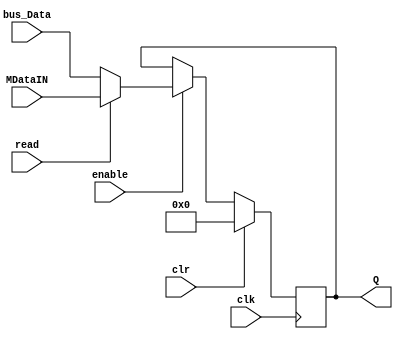
module md_register(input clk, input clr, input enable, input read, input [31:0] MDataIN, input [31:0] bus_Data, output reg [31:0] Q);

    /* While loop that iterates every positive clock edge. */
    always @(posedge clk) 
    begin
        
        /* If clear signal is high, set Q output to 0. */
        if(clr)
            Q <= 0;

        /* If enable signal is high, set Q output to follow (or equal to) D input. */
        else if(enable)
            Q <= read ? MDataIN : bus_Data;        
    end
endmodule